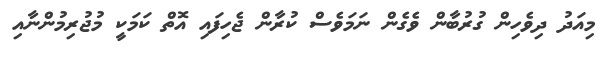
މިއަދު ދިވެހިން ގުރުބާން ވެގެން ނަމަވެސް ކުރާން ޖެހިފައި އޮތް ކަމަކީ މުޖުރިމުންނާއި